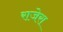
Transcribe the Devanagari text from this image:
राजेरा